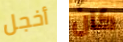
أخجل كان